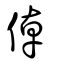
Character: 倬